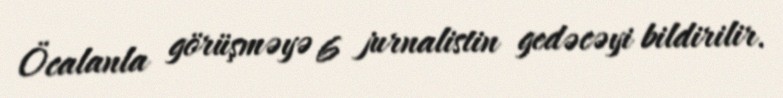
Öcalanla görüşməyə 6 jurnalistin gedəcəyi bildirilir.